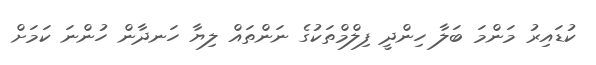
ކުޑައިރު މަންމަ ބަލާ ހިންދީ ފިލްމްތަކުގެ ނަންތައް ލިޔާ ހަނދާން ހުންނަ ކަމަށް